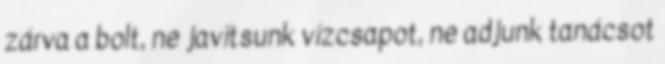
zárva a bolt, ne javítsunk vízcsapot, ne adjunk tanácsot